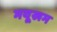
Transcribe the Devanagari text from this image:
मयूखम